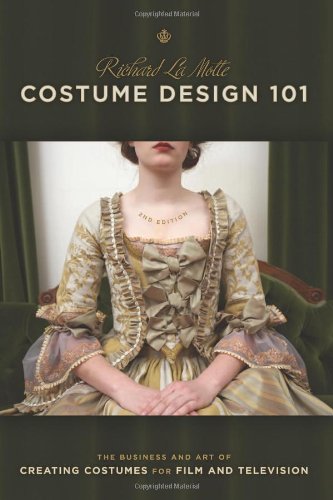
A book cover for Costume Design 101 - 2nd edition: The Business and Art of Creating Costumes For Film and Television (Costume Design 101: The Business & Art of Creating); Richard LaMotte; Humor & Entertainment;